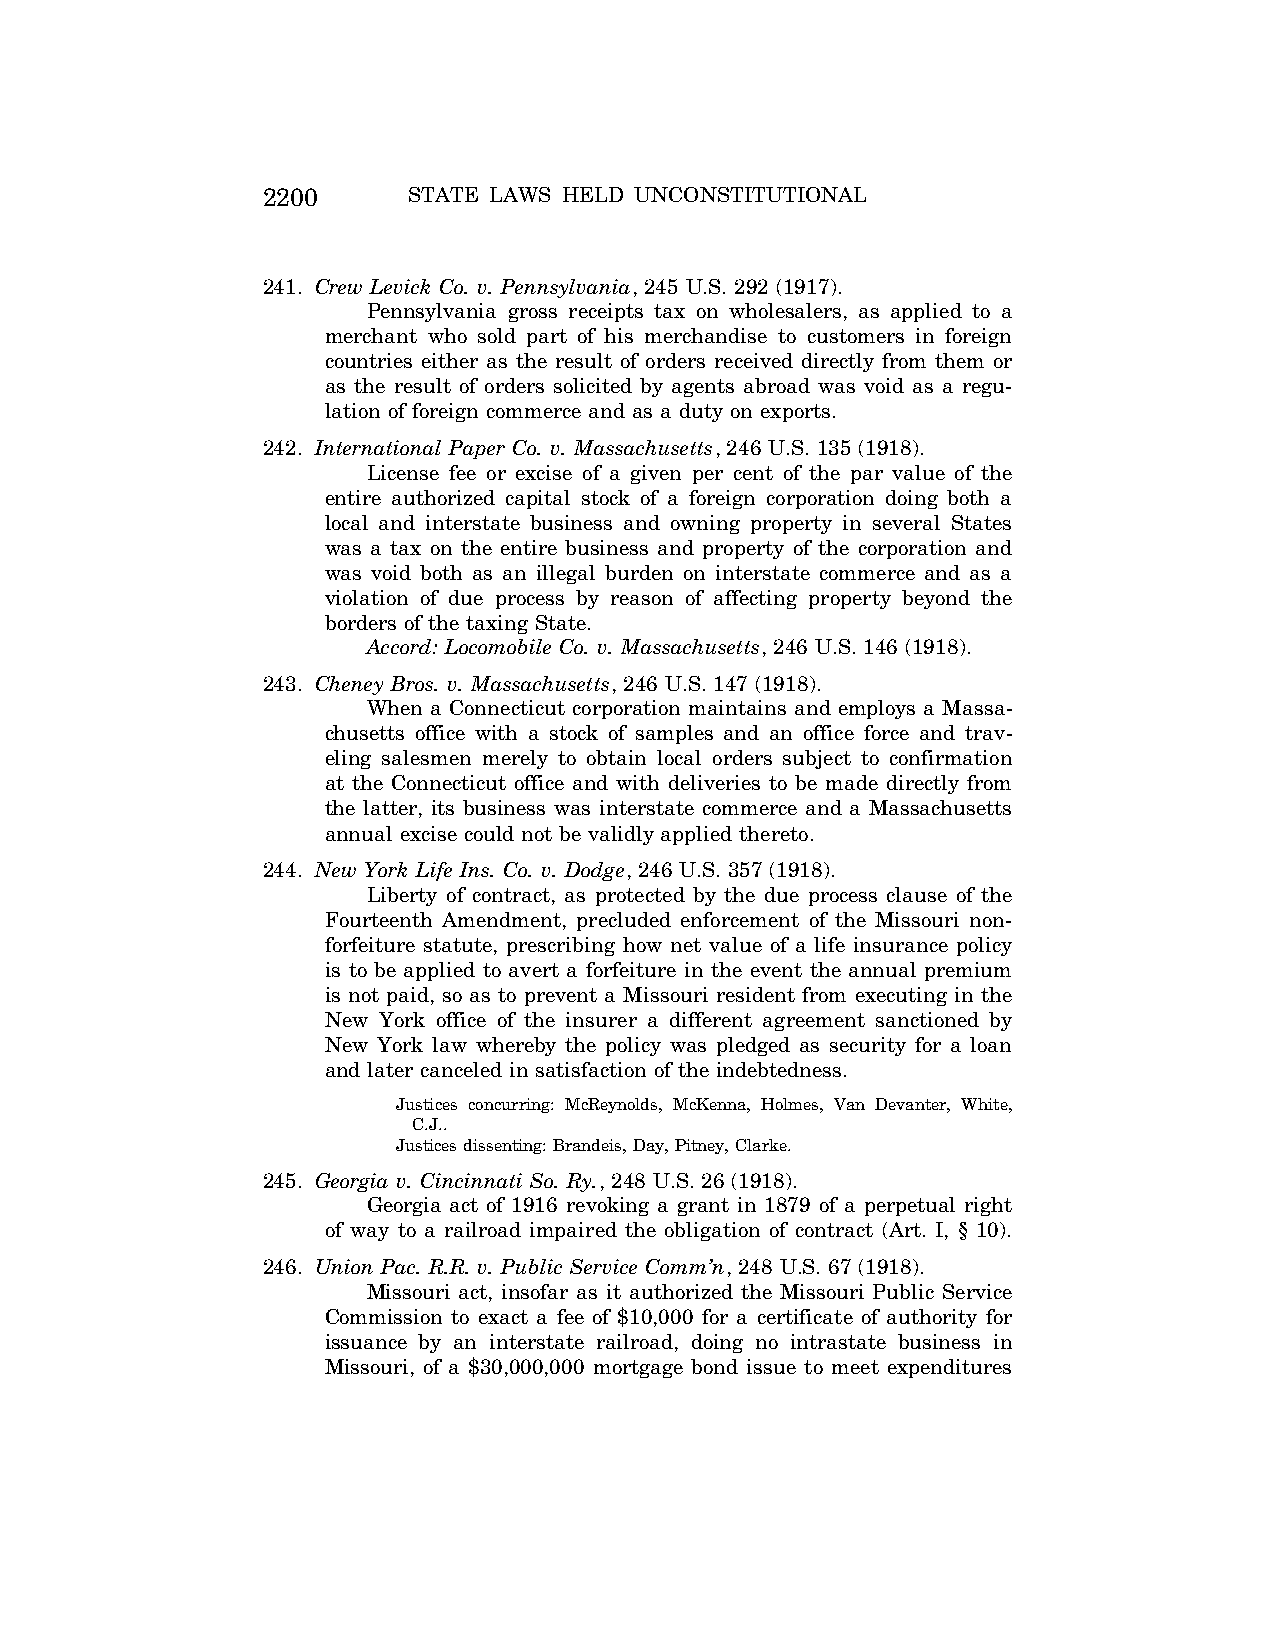
2200      STATE LAWS HELD UNCONSTITUTIONAL
 241. Crew Levick Co. v. Pennsylvania, 245 U.S. 292 (1917).
 Pennsylvania gross receipts tax on wholesalers, as applied to a
 merchant who sold part of his merchandise to customers in foreign
 countries either as the result of orders received directly from them or
 as the result of orders solicited by agents abroad was void as a regu-
 lation of foreign commerce and as a duty on exports.
 242. International Paper Co. v. Massachusetts, 246 U.S. 135 (1918).
 License fee or excise of a given per cent of the par value of the
 entire authorized capital stock of a foreign corporation doing both a
 local and interstate business and owning property in several States
 was a tax on the entire business and property of the corporation and
 was void both as an illegal burden on interstate commerce and as a
 violation of due process by reason of affecting property beyond the
 borders of the taxing State.
 Accord: Locomobile Co. v. Massachusetts, 246 U.S. 146 (1918).
 243. Cheney Bros. v. Massachusetts, 246 U.S. 147 (1918).
 When a Connecticut corporation maintains and employs a Massa-
 chusetts office with a stock of samples and an office force and trav-
 eling salesmen merely to obtain local orders subject to confirmation
 at the Connecticut office and with deliveries to be made directly from
 the latter, its business was interstate commerce and a Massachusetts
 annual excise could not be validly applied thereto.
 244. New York Life Ins. Co. v. Dodge, 246 U.S. 357 (1918).
 Liberty of contract, as protected by the due process clause of the
 Fourteenth Amendment, precluded enforcement of the Missouri non-
 forfeiture statute, prescribing how net value of a life insurance policy
 is to be applied to avert a forfeiture in the event the annual premium
 is not paid, so as to prevent a Missouri resident from executing in the
 New York office of the insurer a different agreement sanctioned by
 New York law whereby the policy was pledged as security for a loan
 and later canceled in satisfaction of the indebtedness.
 Justices concurring: McReynolds, McKenna, Holmes, Van Devanter, White,
 C.J..
 Justices dissenting: Brandeis, Day, Pitney, Clarke.
 245. Georgia v. Cincinnati So. Ry., 248 U.S. 26 (1918).
 Georgia act of 1916 revoking a grant in 1879 of a perpetual right
 of way to a railroad impaired the obligation of contract (Art. I, § 10).
 246. Union Pac. R.R. v. Public Service Comm’n, 248 U.S. 67 (1918).
 Missouri act, insofar as it authorized the Missouri Public Service
 Commission to exact a fee of $10,000 for a certificate of authority for
 issuance by an interstate railroad, doing no intrastate business in
 Missouri, of a $30,000,000 mortgage bond issue to meet expenditures
 VerDate Aug<04>2004 12:57 Aug 23, 2004 Jkt 077500 PO 00000 Frm 00040 Fmt 8222 Sfmt 8222 C:\CONAN\CON064.SGM PRFM99 PsN: CON064